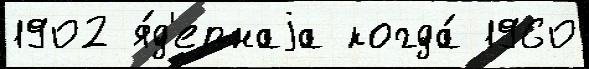
1902 я́д'ернаjа когда́ 1960